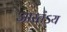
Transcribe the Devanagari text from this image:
आस्तंऽय